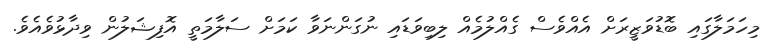
މިހަމަލާގައި ބޮޑުވަޒީރަށް އެއްވެސް ގެއްލުމެއް ލިބިވަޑައި ނުގަންނަވާ ކަމަށް ސަލާމަތީ އޮފިޝަލުން ވިދާޅުވެއެވެ.